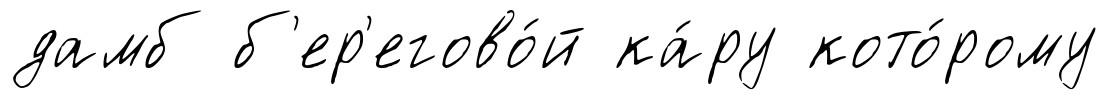
дамб б'ер'егово́й ка́ру кото́рому